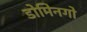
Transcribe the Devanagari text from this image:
डोमिनगो